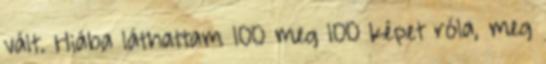
vált. Hiába láthattam 100 meg 100 képet róla, meg